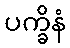
ပက္ခိနံ